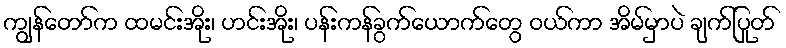
ကျွန်တော်က ထမင်းအိုး၊ ဟင်းအိုး၊ ပန်းကန်ခွက်ယောက်တွေ ဝယ်ကာ အိမ်မှာပဲ ချက်ပြုတ်